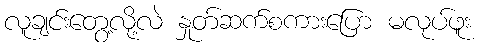
လူချင်းတွေ့လို့လဲ နှုတ်ဆက်စကားပြော မလုပ်ဖူး